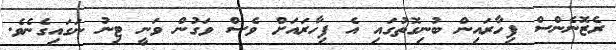
ރެޒޮނެންސް ފިހާރައިން ބުނިގޮތުގައި އެ ފިހާރައަށް ވެސް ވަގުން ވަނީ ޓިނު ނަގައިގެނެވެ.